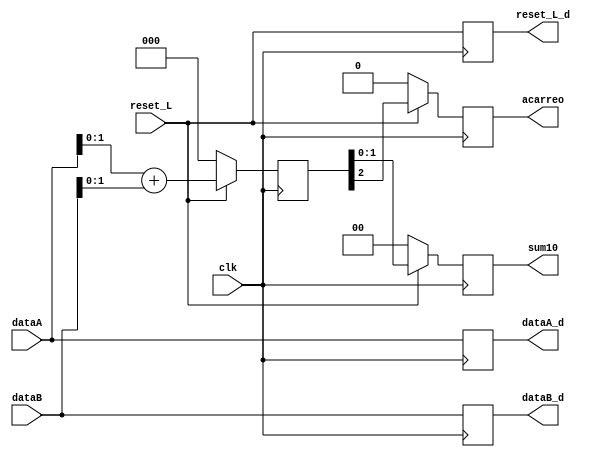
module etapa1(
        input [3:0] dataA,
        input [3:0] dataB,
        input clk,
        input reset_L,
        output reg [1:0] sum10,
        output reg [3:0] dataA_d,
        output reg [3:0] dataB_d,
        output reg acarreo,
        output reg reset_L_d
    );
    reg [2:0] sumatotal;

    always @(posedge clk)begin
        if (!reset_L) begin
            sum10 <= 0;
            acarreo <= 0;
            sumatotal <= 0;
        end 
        else begin
            sumatotal <= dataA[1:0] + dataB[1:0];
            sum10 <= sumatotal[1:0];
            acarreo <= sumatotal[2];
        end
        dataA_d <= dataA;
        dataB_d <= dataB;
        reset_L_d <= reset_L;
    end
endmodule